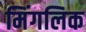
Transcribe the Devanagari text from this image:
मिंगलिक